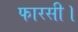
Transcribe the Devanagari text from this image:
फारसी।